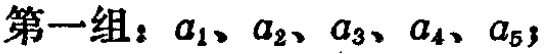
第一组：\(a_1、a_2、a_3、a_4、a_5\)